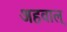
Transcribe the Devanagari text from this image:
अहवाल्